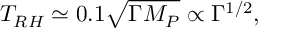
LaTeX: T _ { R H } \simeq 0 . 1 \sqrt { \Gamma M _ { P } } \propto \Gamma ^ { 1 / 2 } ,